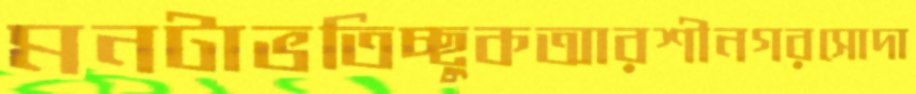
মনটাভতিচ্ছুকআরশীনগরসোদা